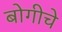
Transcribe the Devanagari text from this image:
बोगीचे